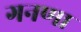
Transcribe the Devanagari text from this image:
गनणा